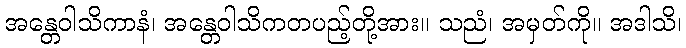
အန္တေဝါသိကာနံ၊ အန္တေဝါသိကတပည့်တို့အား။ သညံ၊ အမှတ်ကို။ အဒါသိ၊